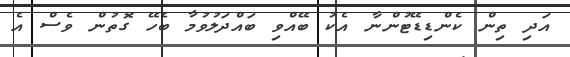
އަދި ތިން ކެންޑިޑޭޓުންނާ އެކު ބޭއްވި ބައްދަލުވުމާ ބެހޭ ގޮތުން ވެސް އެ